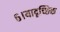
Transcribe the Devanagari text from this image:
६।यादृच्छिक